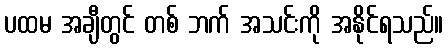
ပထမ အချီတွင် တစ် ဘက် အသင်းကို အနိုင်ရသည်။